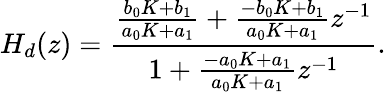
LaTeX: H_{d}(z)={\frac{{\frac{b_{0}K+b_{1}}{a_{0}K+a_{1}}}+{\frac{-b_{0}K+b_{1}}{a_{0}K+a_{1}}}z^{-1}}{1+{\frac{-a_{0}K+a_{1}}{a_{0}K+a_{1}}}z^{-1}}}.